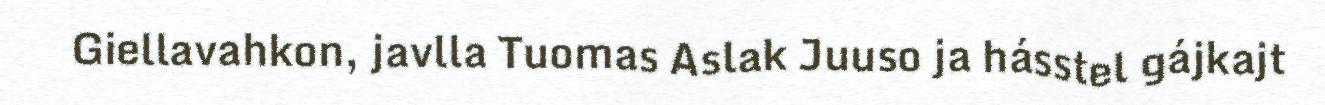
Giellavahkon, javlla Tuomas Aslak Juuso ja hásstel gájkajt